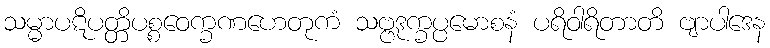
သမ္မာပဋိပတ္တိပစ္စဝေက္ခဏဟေတုကံ သဗ္ဗဒုက္ခပ္ပမောစနံ ပရိဝါရိတာတိ ဗျာပါဒေန